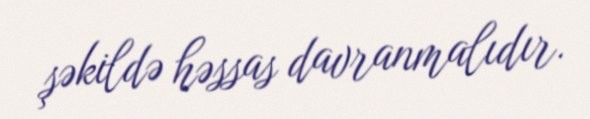
şəkildə həssas davranmalıdır.